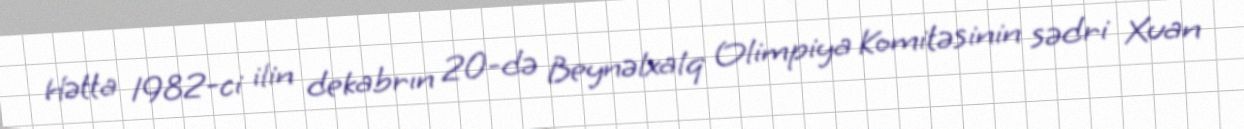
Hətta 1982-ci ilin dekabrın 20-də Beynəlxalq Olimpiya Komitəsinin sədri Xuan